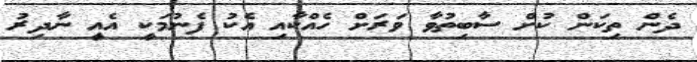
ދެން ތިކަން ކުށް ސާބިތުވާ ވަރަށް ހެއްކާއި އެކު ފެނުމަކީ އެއީ ނާދިރު